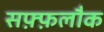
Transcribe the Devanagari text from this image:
सफ़्फ़लौक